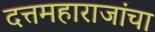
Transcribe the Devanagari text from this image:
दत्तमहाराजांचा